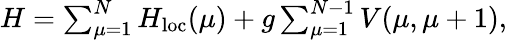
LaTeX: \begin{array}{r}{H=\sum_{\mu=1}^{N}H_{\textrm{loc}}(\mu)+g\sum_{\mu=1}^{N-1}V(\mu,\mu+1),}\end{array}